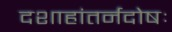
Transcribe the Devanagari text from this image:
दशाहांतर्नदोषः